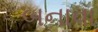
બનાવા